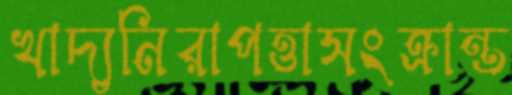
খাদ্যনিরাপত্তাসংক্রান্ত